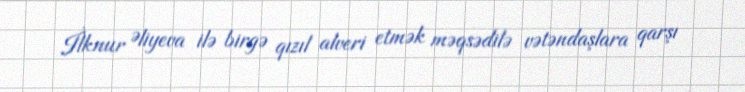
İlknur Əliyeva ilə birgə qızıl alveri etmək məqsədilə vətəndaşlara qarşı